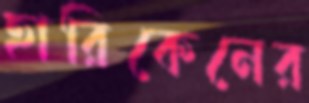
হারিকেনের